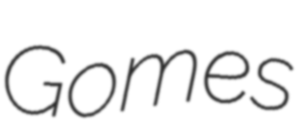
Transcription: Gomes